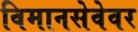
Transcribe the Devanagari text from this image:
विमानसेवेवर